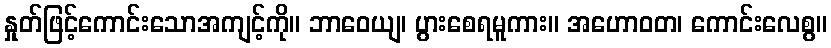
နှုတ်ဖြင့်ကောင်းသောအကျင့်ကို။ ဘာဝေယျ၊ ပွားစေရမူကား။ အဟောဝတ၊ ကောင်းလေစွ။